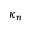
\kappa _ { n }